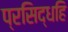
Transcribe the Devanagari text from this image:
प्रसिद्धहि